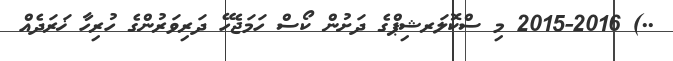
..) 2015-2016 މި ސްކޮލަރޝިޕްގެ ދަށުން ކޯސް ހަމަޖެހޭ ދަރިވަރުންގެ ހުރިހާ ޚަރަދެއް